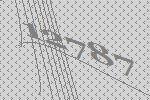
12787